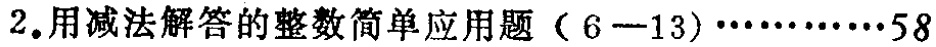
$2.用减法解答的整数简单应用题（6 - 13）\cdots\cdots58$